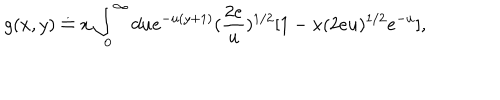
LaTeX: g ( x , y ) \doteq x \int _ { 0 } ^ { \infty } d u e ^ { - u ( y + 1 ) } ( \frac { 2 e } { u } ) ^ { 1 / 2 } [ 1 - x ( 2 e u ) ^ { 1 / 2 } e ^ { - u } ] ,